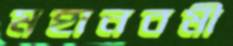
মহানবমী